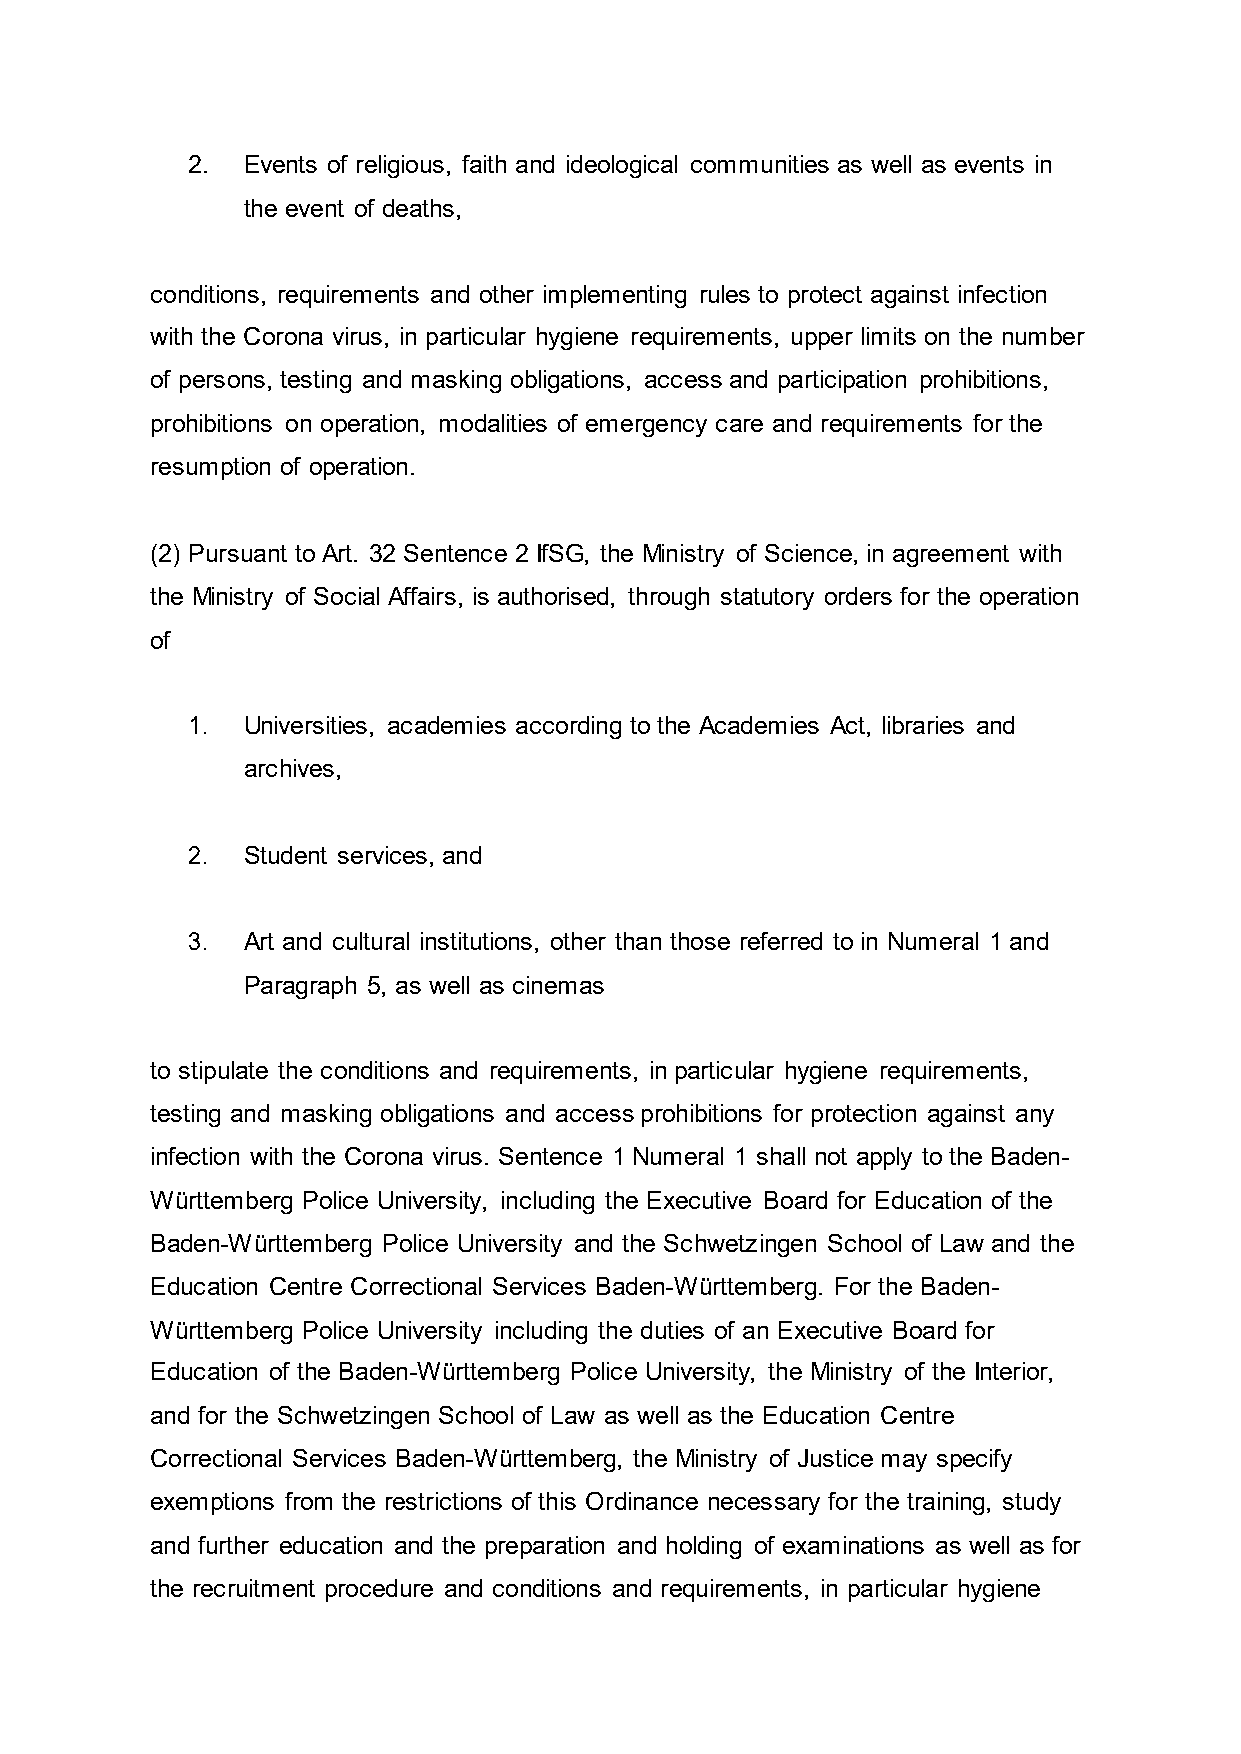
2.  Events of religious, faith and ideological communities as well as events in
 the event of deaths,
 conditions, requirements and other implementing rules to protect against infection
 with the Corona virus, in particular hygiene requirements, upper limits on the number
 of persons, testing and masking obligations, access and participation prohibitions,
 prohibitions on operation, modalities of emergency care and requirements for the
 resumption of operation.
 (2) Pursuant to Art. 32 Sentence 2 IfSG, the Ministry of Science, in agreement with
 the Ministry of Social Affairs, is authorised, through statutory orders for the operation
 of
 1.  Universities, academies according to the Academies Act, libraries and
 archives,
 2.  Student services, and
 3.  Art and cultural institutions, other than those referred to in Numeral 1 and
 Paragraph 5, as well as cinemas
 to stipulate the conditions and requirements, in particular hygiene requirements,
 testing and masking obligations and access prohibitions for protection against any
 infection with the Corona virus. Sentence 1 Numeral 1 shall not apply to the Baden-
 Württemberg Police University, including the Executive Board for Education of the
 Baden-Württemberg Police University and the Schwetzingen School of Law and the
 Education Centre Correctional Services Baden-Württemberg. For the Baden-
 Württemberg Police University including the duties of an Executive Board for
 Education of the Baden-Württemberg Police University, the Ministry of the Interior,
 and for the Schwetzingen School of Law as well as the Education Centre
 Correctional Services Baden-Württemberg, the Ministry of Justice may specify
 exemptions from the restrictions of this Ordinance necessary for the training, study
 and further education and the preparation and holding of examinations as well as for
 the recruitment procedure and conditions and requirements, in particular hygiene